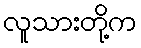
လူသားတို့က